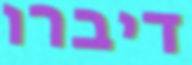
דיברו